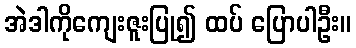
အဲဒါကိုကျေးဇူးပြု၍ ထပ် ပြောပါဦး။